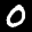
Digit: 0